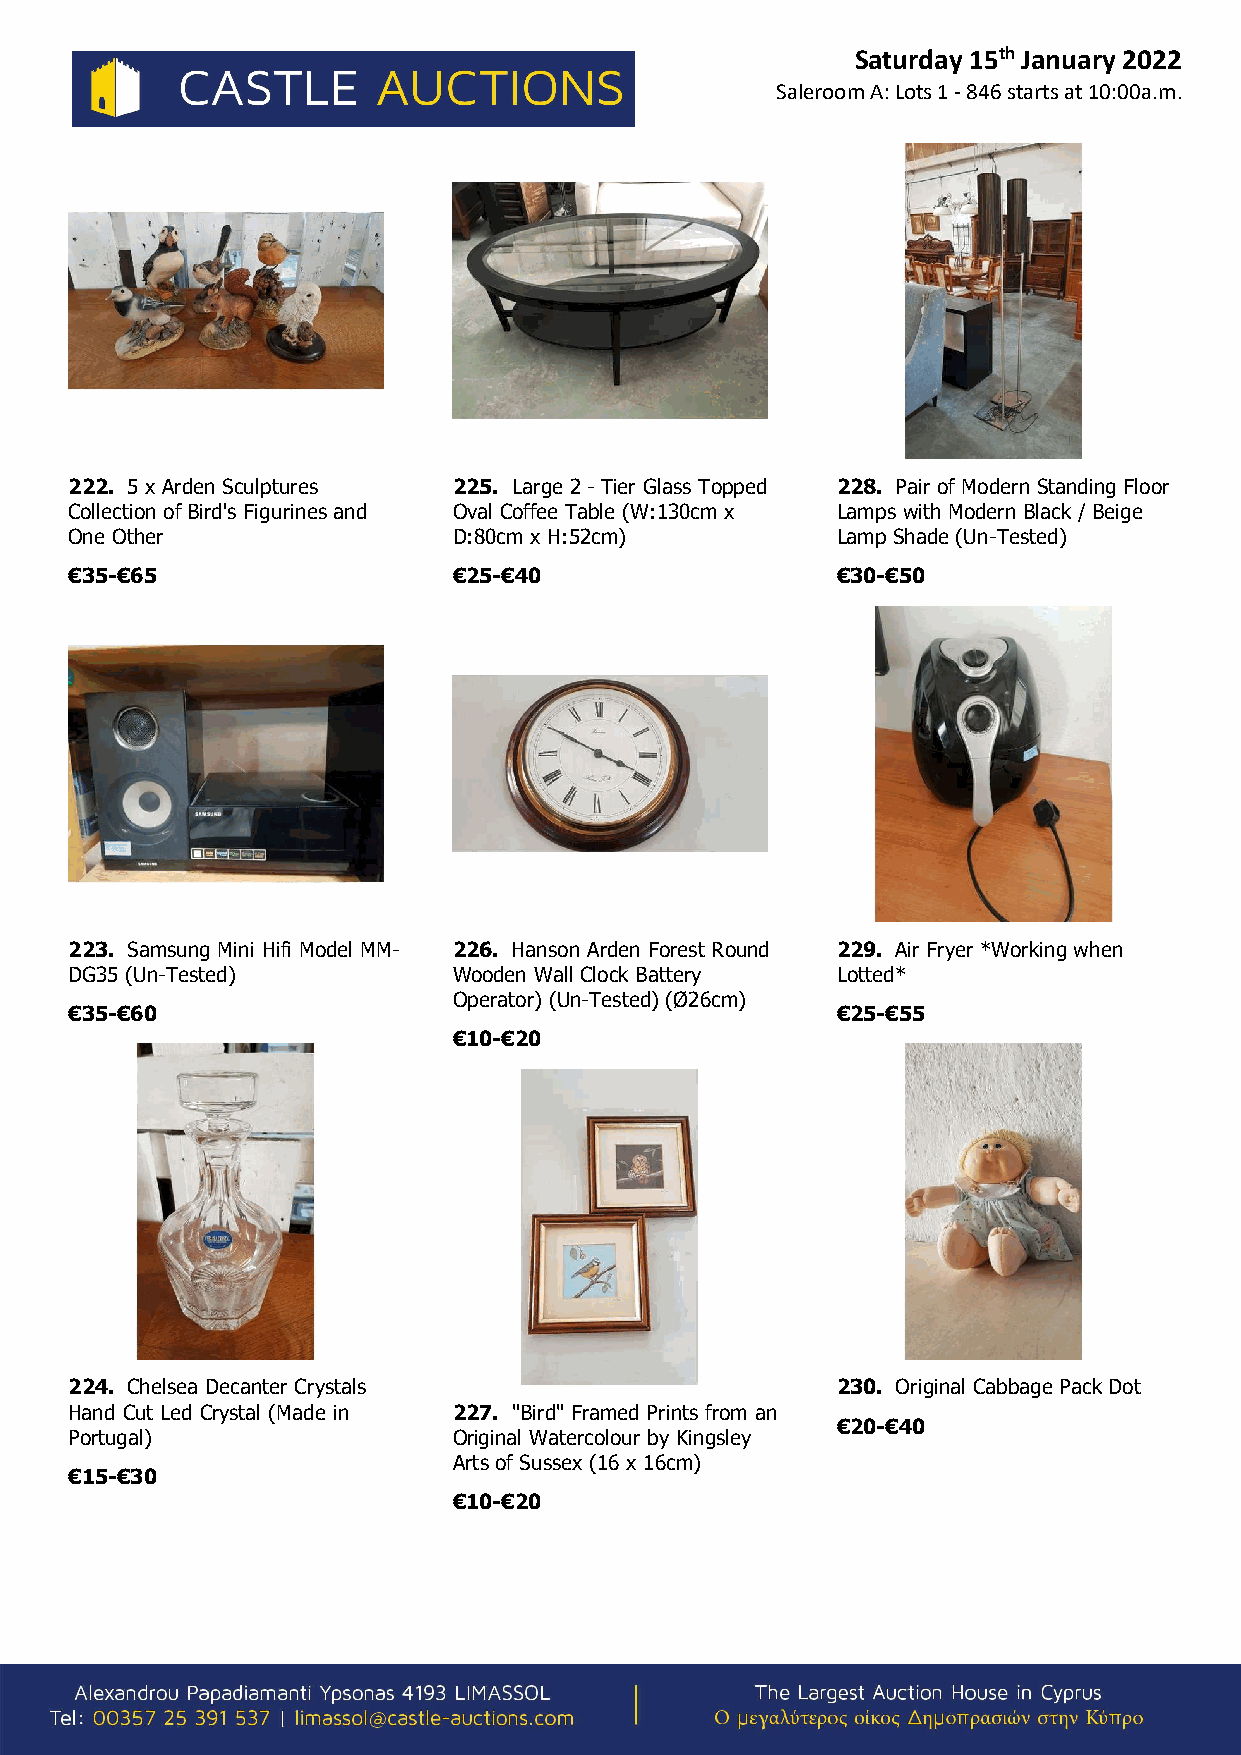
Saturday 15th January 2022
 Saleroom A: Lots 1 - 846 starts at 10:00a.m.
 222. 5 x Arden Sculptures 225. Large 2 - Tier Glass Topped 228. Pair of Modern Standing Floor
 Collection of Bird's Figurines and Oval Coffee Table (W:130cm x Lamps with Modern Black / Beige
 One Other                D:80cm x H:52cm)         Lamp Shade (Un-Tested)
 €35-€65                  €25-€40                  €30-€50
 223. Samsung Mini Hifi Model MM- 226. Hanson Arden Forest Round 229. Air Fryer *Working when
 DG35 (Un-Tested)         Wooden Wall Clock Battery Lotted*
 Operator) (Un-Tested) (Ø26cm)
 €35-€60                                           €25-€55
 €10-€20
 224. Chelsea Decanter Crystals                    230. Original Cabbage Pack Dot
 Hand Cut Led Crystal (Made in 227. "Bird" Framed Prints from an
 €20-€40
 Portugal)                Original Watercolour by Kingsley
 Arts of Sussex (16 x 16cm)
 €15-€30
 €10-€20